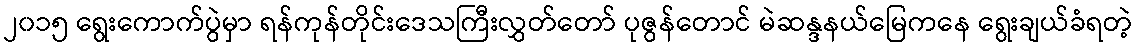
၂၀၁၅ ရွေးကောက်ပွဲမှာ ရန်ကုန်တိုင်းဒေသကြီးလွှတ်တော် ပုဇွန်တောင် မဲဆန္ဒနယ်မြေကနေ ရွေးချယ်ခံရတဲ့